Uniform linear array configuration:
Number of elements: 32
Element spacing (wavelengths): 0.75
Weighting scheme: binomial
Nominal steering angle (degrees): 45
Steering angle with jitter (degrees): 44.446
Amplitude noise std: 0.05
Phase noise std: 0.05

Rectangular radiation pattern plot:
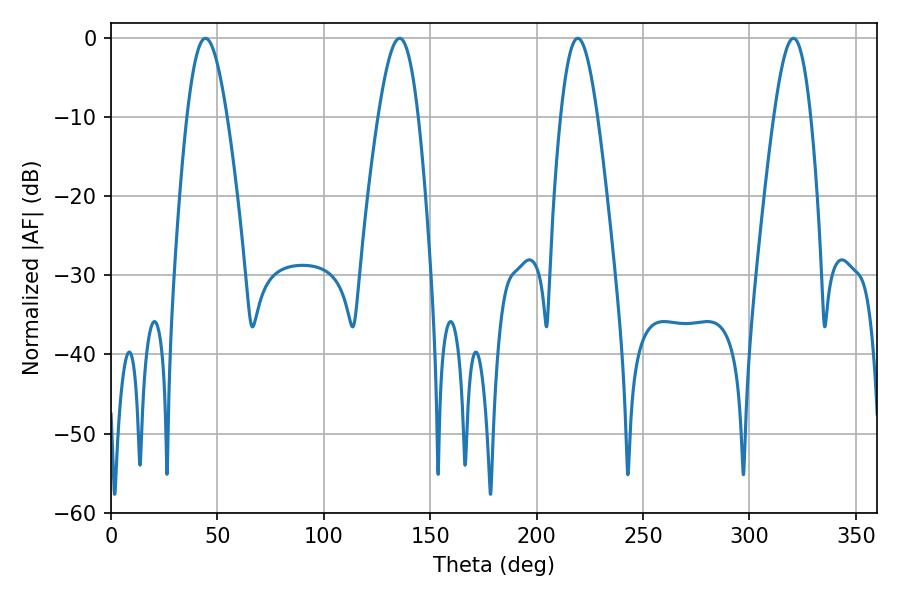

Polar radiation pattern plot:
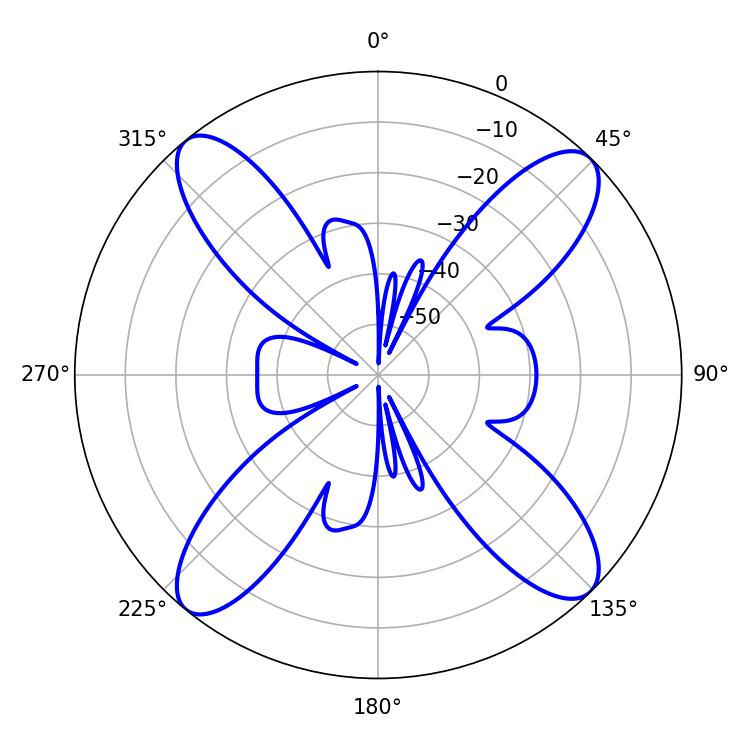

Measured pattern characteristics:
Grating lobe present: TRUE
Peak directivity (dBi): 16.47
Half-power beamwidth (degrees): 10.08
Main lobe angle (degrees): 44.46